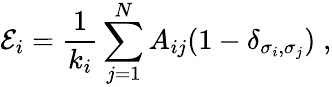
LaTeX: \mathcal{E}_{i}=\frac{1}{k_{i}}\sum_{j=1}^{N}A_{ij}(1-\delta_{\sigma_{i},\sigma_{j}})\; ,